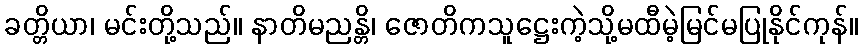
ခတ္တိယာ၊ မင်းတို့သည်။ နာတိမညန္တိ၊ ဇောတိကသူဋ္ဌေးကဲ့သို့မထီမဲ့မြင်မပြုနိုင်ကုန်။